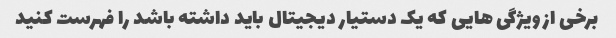
برخی از ویژگی هایی که یک دستیار دیجیتال باید داشته باشد را فهرست کنید